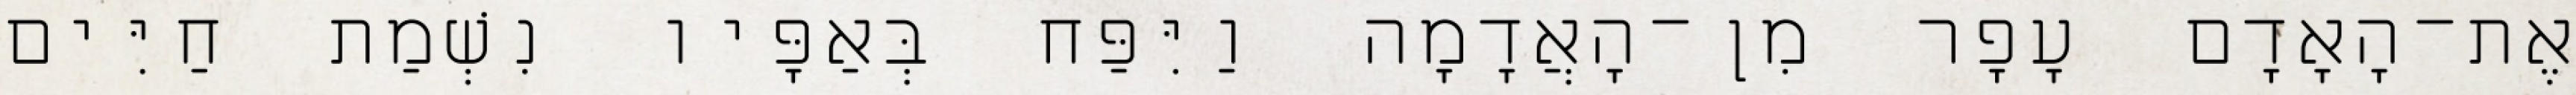
אֶת־הָאָדָם עָפָר מִן־הָאֲדָמָה וַיִּפַּח בְּאַפָּיו נִשְׁמַת חַיִּים